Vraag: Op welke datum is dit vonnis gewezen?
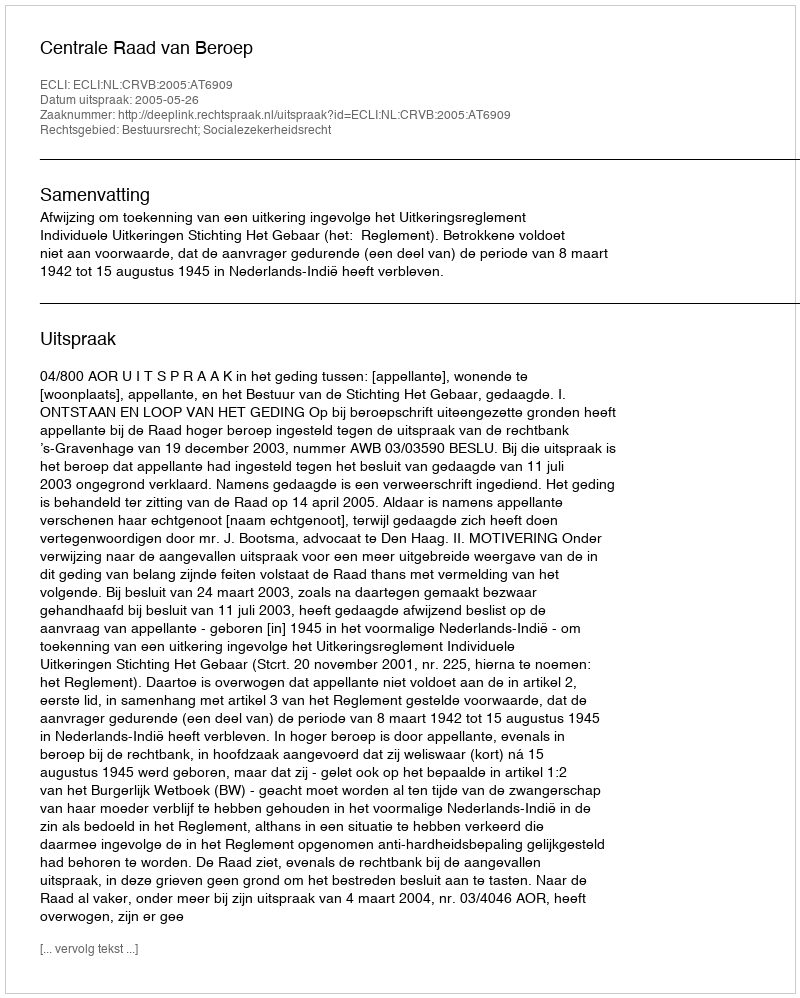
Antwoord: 2005-05-26